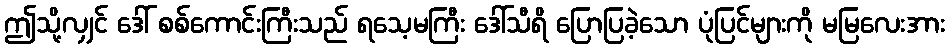
ဤသို့လျှင် ဒေါ် စစ်ကောင်းကြီးသည် ရသေ့မကြီး ဒေါ်သီရိ ပြောပြခဲ့သော ပုံပြင်များကို မမြလေးအား